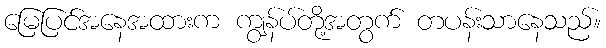
မြေပြင်အနေအထားက ကျွန်ပ်တို့အတွက် တပန်းသာနေသည်။